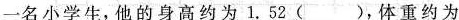
一名小学生，他的身高约为 1.52 ()，体重约为